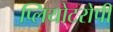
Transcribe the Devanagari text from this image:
प्लियोटरोपी